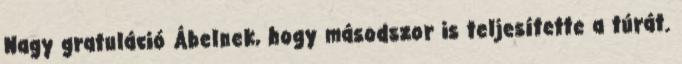
Nagy gratuláció Ábelnek, hogy másodszor is teljesítette a túrát.